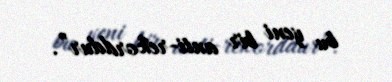
bu yeni bir anti-rekorddur”.